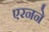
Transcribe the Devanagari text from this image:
एरनने